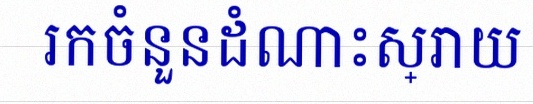
រកចំនួនដំណោះស្រាយ